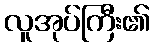
လူအုပ်ကြီး၏